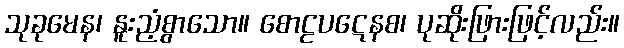
သုခုမေန၊ နူးညံ့စွာသော။ စောဠပဋေနစ၊ ပုဆိုးဖြားဖြင့်လည်း။